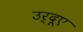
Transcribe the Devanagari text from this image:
उर्दूए